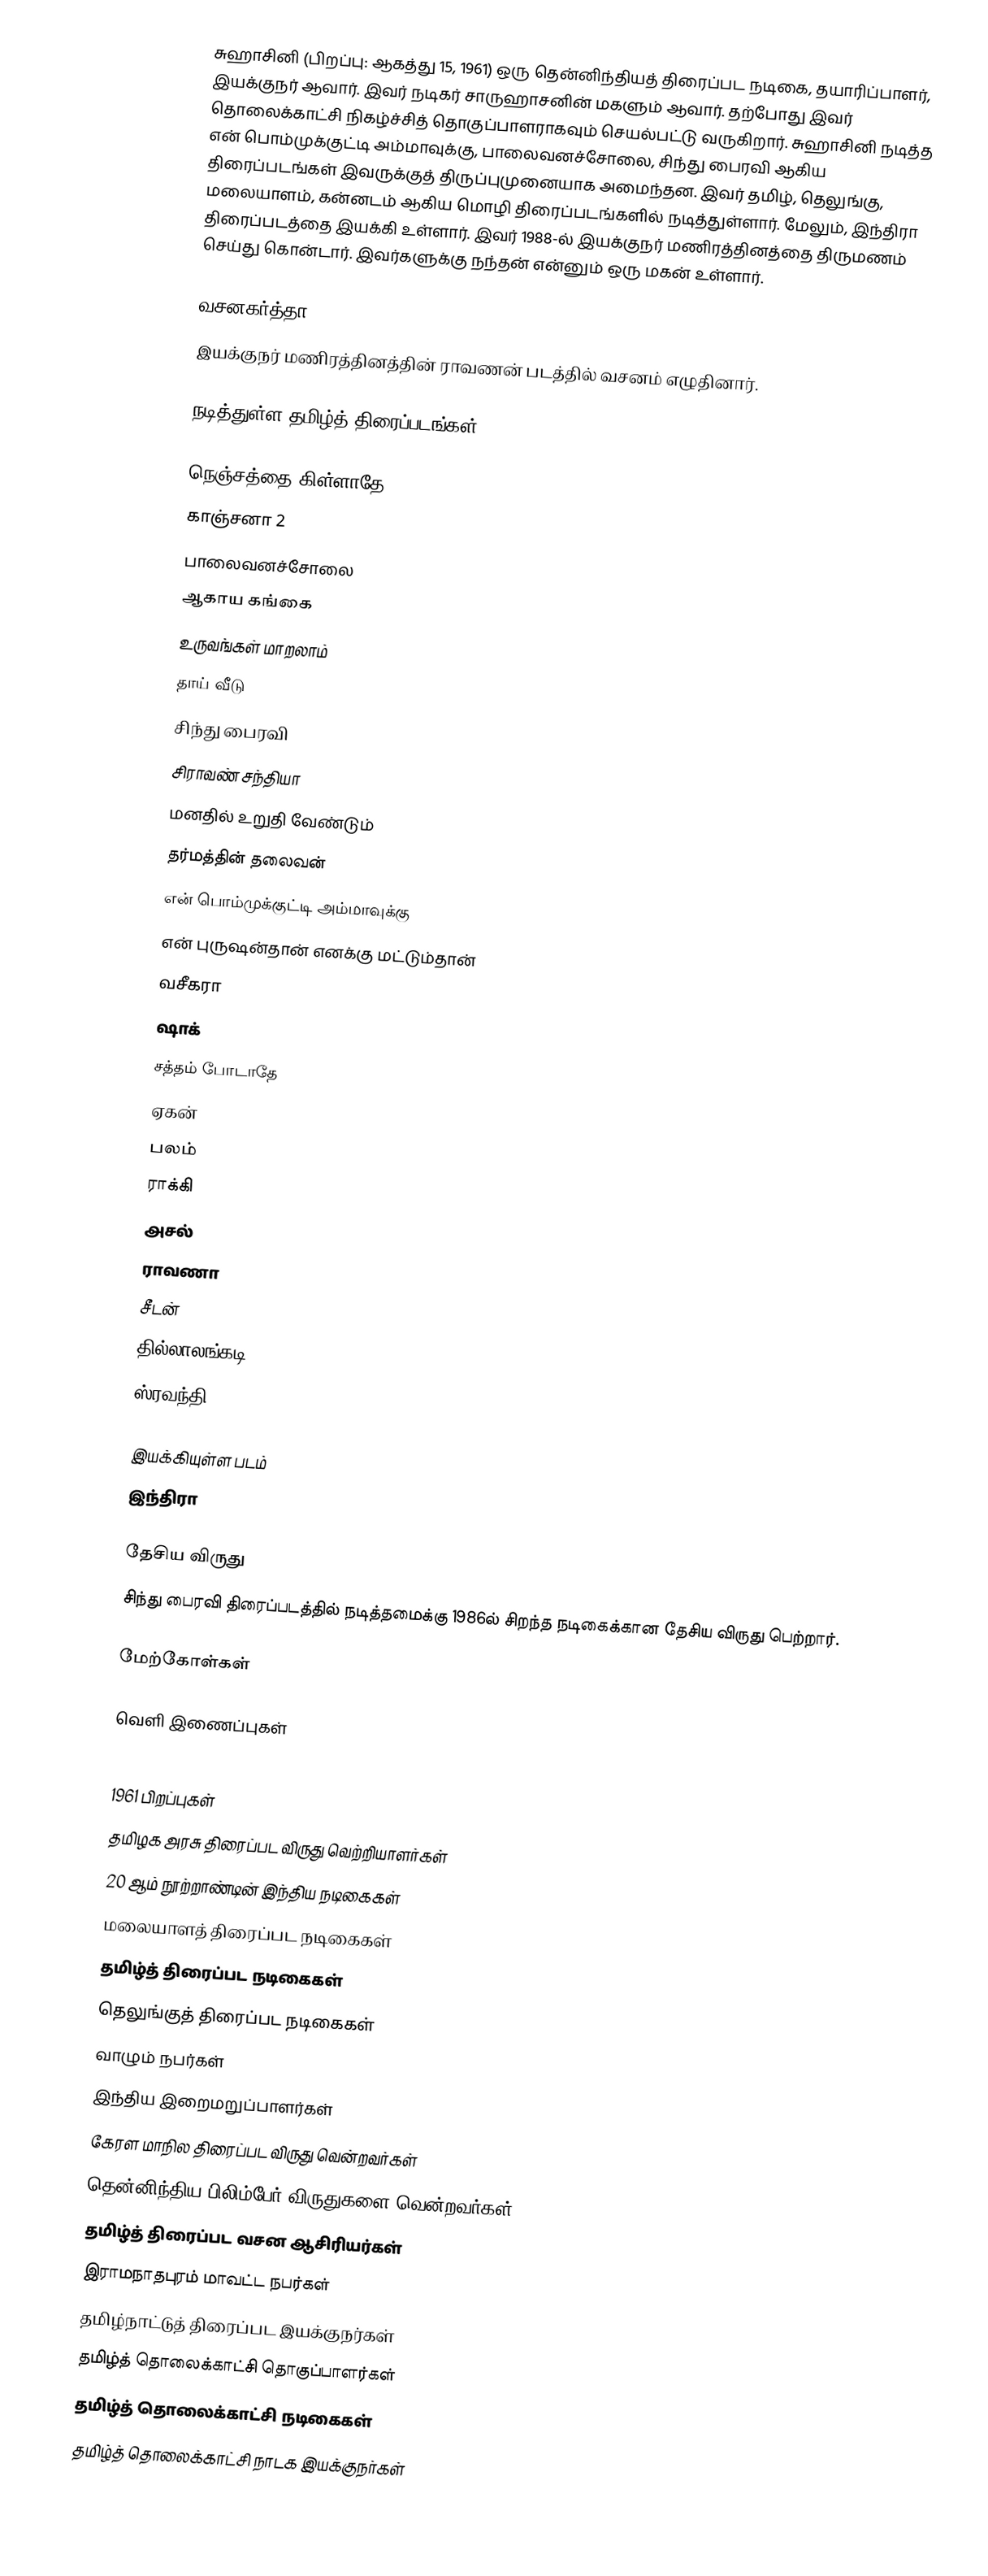
சுஹாசினி (பிறப்பு: ஆகத்து 15, 1961) ஒரு தென்னிந்தியத் திரைப்பட நடிகை, தயாரிப்பாளர், இயக்குநர் ஆவார். இவர் நடிகர் சாருஹாசனின் மகளும் ஆவார். தற்போது இவர் தொலைக்காட்சி நிகழ்ச்சித் தொகுப்பாளராகவும் செயல்பட்டு வருகிறார். சுஹாசினி நடித்த என் பொம்முக்குட்டி அம்மாவுக்கு, பாலைவனச்சோலை, சிந்து பைரவி ஆகிய திரைப்படங்கள் இவருக்குத் திருப்புமுனையாக அமைந்தன. இவர் தமிழ், தெலுங்கு, மலையாளம், கன்னடம் ஆகிய மொழி திரைப்படங்களில் நடித்துள்ளார். மேலும், இந்திரா திரைப்படத்தை இயக்கி உள்ளார். இவர் 1988-ல் இயக்குநர் மணிரத்தினத்தை திருமணம் செய்து கொன்டார். இவர்களுக்கு நந்தன் என்னும் ஒரு மகன் உள்ளார்.

வசனகர்த்தா
இயக்குநர் மணிரத்தினத்தின் ராவணன் படத்தில் வசனம் எழுதினார்.

நடித்துள்ள தமிழ்த் திரைப்படங்கள்

 நெஞ்சத்தை கிள்ளாதே
 காஞ்சனா 2
 பாலைவனச்சோலை
 ஆகாய கங்கை
 உருவங்கள் மாறலாம்
 தாய் வீடு
 சிந்து பைரவி
 சிராவண் சந்தியா
 மனதில் உறுதி வேண்டும்
 தர்மத்தின் தலைவன்
 என் பொம்முக்குட்டி அம்மாவுக்கு
 என் புருஷன்தான் எனக்கு மட்டும்தான்
 வசீகரா
 ஷாக்
 சத்தம் போடாதே
 ஏகன்
 பலம்
 ராக்கி
 அசல்
 ராவணா
 சீடன்
 தில்லாலங்கடி
 ஸ்ரவந்தி

இயக்கியுள்ள படம்
 இந்திரா

தேசிய விருது
சிந்து பைரவி திரைப்படத்தில் நடித்தமைக்கு 1986ல்  சிறந்த நடிகைக்கான தேசிய விருது பெற்றார்.

மேற்கோள்கள்

வெளி இணைப்புகள்

1961 பிறப்புகள்
தமிழக அரசு திரைப்பட விருது வெற்றியாளர்கள்
20 ஆம் நூற்றாண்டின் இந்திய நடிகைகள்
மலையாளத் திரைப்பட நடிகைகள்
தமிழ்த் திரைப்பட நடிகைகள்
தெலுங்குத் திரைப்பட நடிகைகள்
வாழும் நபர்கள்
இந்திய இறைமறுப்பாளர்கள்
கேரள மாநில திரைப்பட விருது வென்றவர்கள்
தென்னிந்திய பிலிம்பேர் விருதுகளை வென்றவர்கள்
தமிழ்த் திரைப்பட வசன ஆசிரியர்கள்
இராமநாதபுரம் மாவட்ட நபர்கள்
தமிழ்நாட்டுத் திரைப்பட இயக்குநர்கள்
தமிழ்த் தொலைக்காட்சி தொகுப்பாளர்கள்
தமிழ்த் தொலைக்காட்சி நடிகைகள்
தமிழ்த் தொலைக்காட்சி நாடக இயக்குநர்கள்